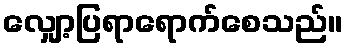
လျှော့ပြရာရောက်စေသည်။